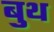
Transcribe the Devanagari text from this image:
बुथ